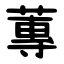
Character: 蓴